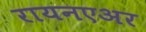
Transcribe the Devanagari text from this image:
रायनएअर